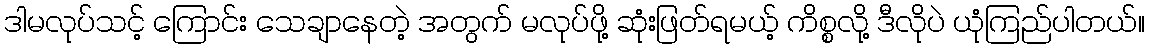
ဒါမလုပ်သင့် ကြောင်း သေချာနေတဲ့ အတွက် မလုပ်ဖို့ ဆုံးဖြတ်ရမယ့် ကိစ္စလို့ ဒီလိုပဲ ယုံကြည်ပါတယ်။